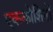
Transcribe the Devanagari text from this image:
एककोशिनों